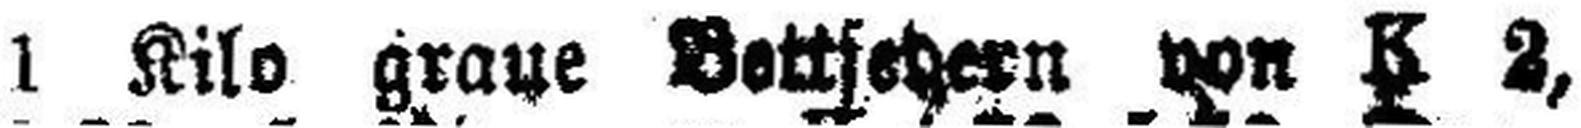
1 Kilo graue Bottschern von K 2,